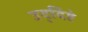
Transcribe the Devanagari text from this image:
उद्‌दिष्टे